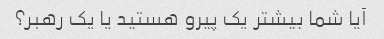
آیا شما بیشتر یک پیرو هستید یا یک رهبر؟